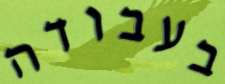
בעבודה